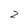
Character: 2